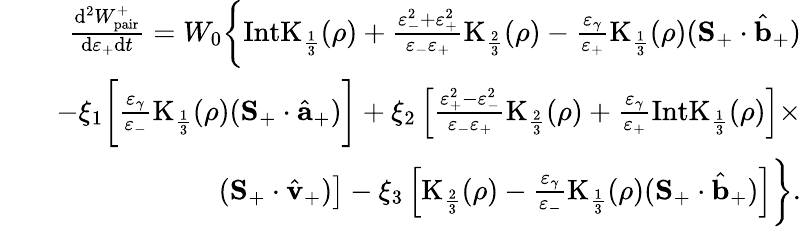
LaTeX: \begin{array}{rlr}&{}&{\frac{\mathrm{d}^{2}W_{\mathrm{pair}}^{+}}{\mathrm{d}\varepsilon_{+}\mathrm{d}t}=W_{0}\bigg\{ \mathrm{IntK}_{\frac{1}{3}}(\rho)+\frac{\varepsilon_{-}^{2}+\varepsilon_{+}^{2}}{\varepsilon_{-}\varepsilon_{+}}\mathrm{K}_{\frac{2}{3}}(\rho)-\frac{\varepsilon_{\gamma}}{\varepsilon_{+}}\mathrm{K}_{\frac{1}{3}}(\rho)({\mathbf S}_{+}\cdot\hat{{\mathbf b}}_{+})}\\ &{}&{-\xi_{1}\bigg[\frac{\varepsilon_{\gamma}}{\varepsilon_{-}}\mathrm{K}_{\frac{1}{3}}(\rho)({\mathbf S}_{+}\cdot\hat{{\mathbf a}}_{+})\bigg]+\xi_{2}\left[\frac{\varepsilon_{+}^{2}-\varepsilon_{-}^{2}}{\varepsilon_{-}\varepsilon_{+}}\mathrm{K}_{\frac{2}{3}}(\rho)+\frac{\varepsilon_{\gamma}}{\varepsilon_{+}}\mathrm{IntK}_{\frac{1}{3}}(\rho)\right]\times}\\ &{}&{\left.({\mathbf S}_{+}\cdot\hat{\mathbf v}_{+})\right]-\xi_{3}\left[\mathrm{K}_{\frac{2}{3}}(\rho)-\frac{\varepsilon_{\gamma}}{\varepsilon_{-}}\mathrm{K}_{\frac{1}{3}}(\rho)({\mathbf S}_{+}\cdot\hat{{\mathbf b}}_{+})\right]\bigg\} .}\end{array}